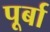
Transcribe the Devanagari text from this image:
पूर्बा